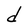
Character: d